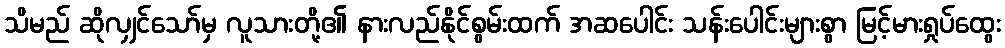
သိမည် ဆိုလျှင်သော်မှ လူသားတို့၏ နားလည်နိုင်စွမ်းထက် အဆပေါင်း သန်းပေါင်းများစွာ မြင့်မားရှုပ်ထွေး